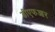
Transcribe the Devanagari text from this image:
डीएफआर